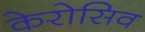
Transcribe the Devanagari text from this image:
केरोसिव